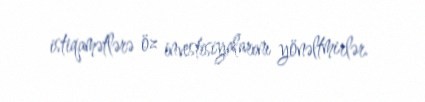
istiqamətlərə öz investisiyalarını yönəltmirlər.